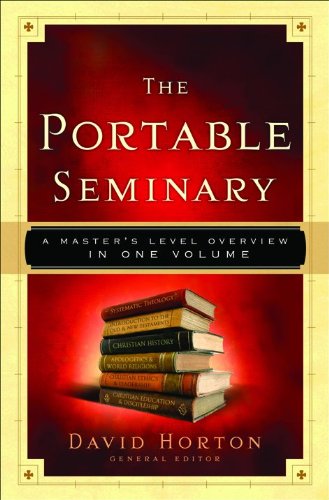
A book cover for The Portable Seminary: A Master's Level Overview in One Volume; Christian Books & Bibles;